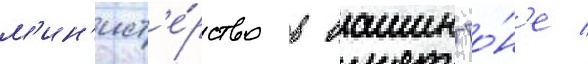
м'ин'ист'е́рство в вашингто́н'е /